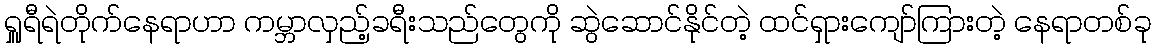
ရှူရီရဲတိုက်နေရာဟာ ကမ္ဘာလှည့်ခရီးသည်တွေကို ဆွဲဆောင်နိုင်တဲ့ ထင်ရှားကျော်ကြားတဲ့ နေရာတစ်ခု